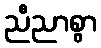
ညီညာစွာ